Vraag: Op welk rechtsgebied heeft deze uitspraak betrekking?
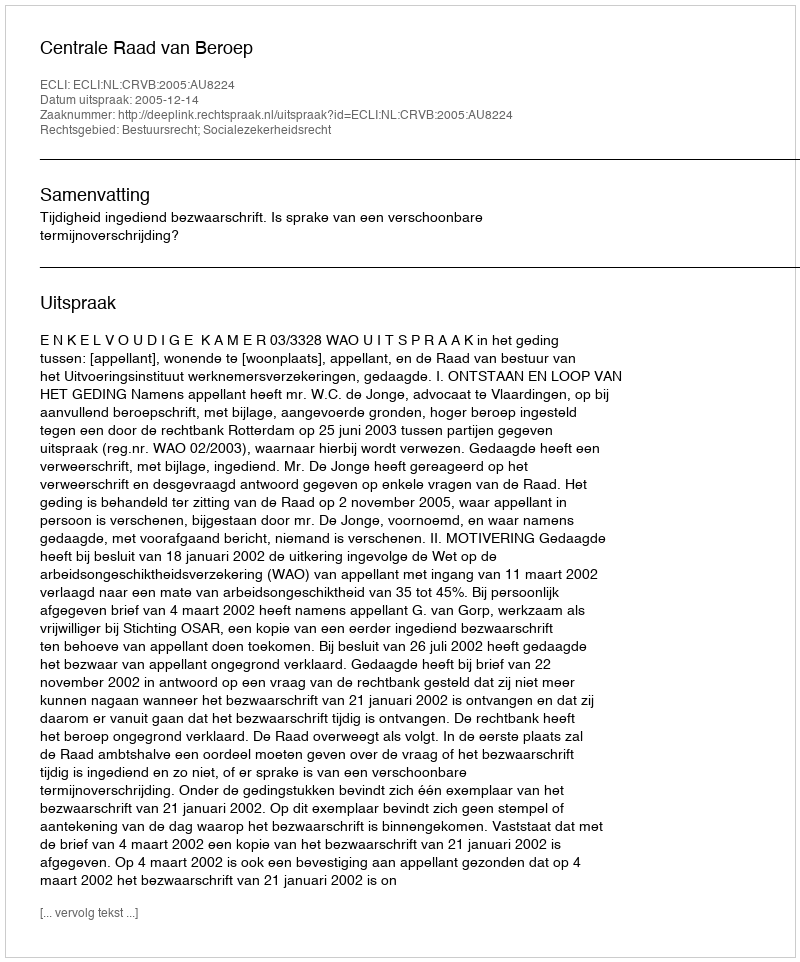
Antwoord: Bestuursrecht; Socialezekerheidsrecht